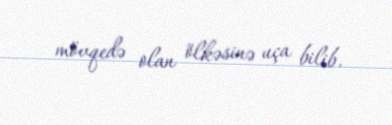
mövqedə olan ölkəsinə uça bilib.